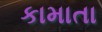
કામાતા